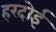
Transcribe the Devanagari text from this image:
हरदाेई